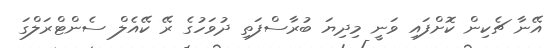
އޭނާ ޗެކިން ކޮށްފައި ވަނީ މިދިޔަ ބުރާސްފަތި ދުވަހުގެ ރޭ ކޭއެލް ސެންޓްރަލްގަ